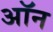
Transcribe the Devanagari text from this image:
अॉन